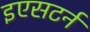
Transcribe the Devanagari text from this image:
इएसटर्न